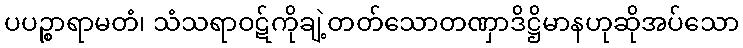
ပပဉ္စာရာမတံ၊ သံသရာဝဋ်ကိုချဲ့တတ်သောတဏှာဒိဋ္ဌိမာနဟုဆိုအပ်သော